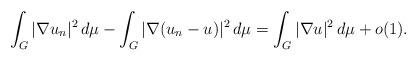
LaTeX: \begin{align*}\int_{G}|\nabla u_n|^2\,d\mu-\int_{G}|\nabla (u_n-u)|^2 \,d\mu=\int_{G}|\nabla u|^2 \,d\mu+o(1).\end{align*}